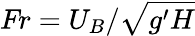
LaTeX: \textit{Fr}={U}_{B}/\sqrt{g^{\prime}H}